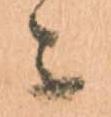
ニ